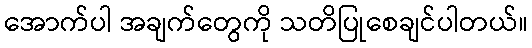
အောက်ပါ အချက်တွေကို သတိပြုစေချင်ပါတယ်။